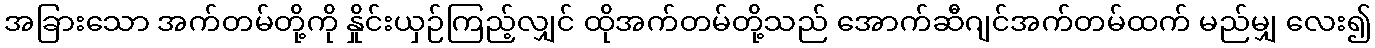
အခြားသော အက်တမ်တို့ကို နှိုင်းယှဉ်ကြည့်လျှင် ထိုအက်တမ်တို့သည် အောက်ဆီဂျင်အက်တမ်ထက် မည်မျှ လေး၍